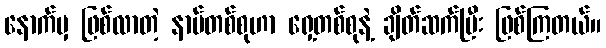
နောက်မှ ဖြစ်လာတဲ့ နာမ်တစ်စုဟာ ရှေ့တစ်စုနဲ့ ချိတ်ဆက်ပြီး ဖြစ်ကြတယ်။